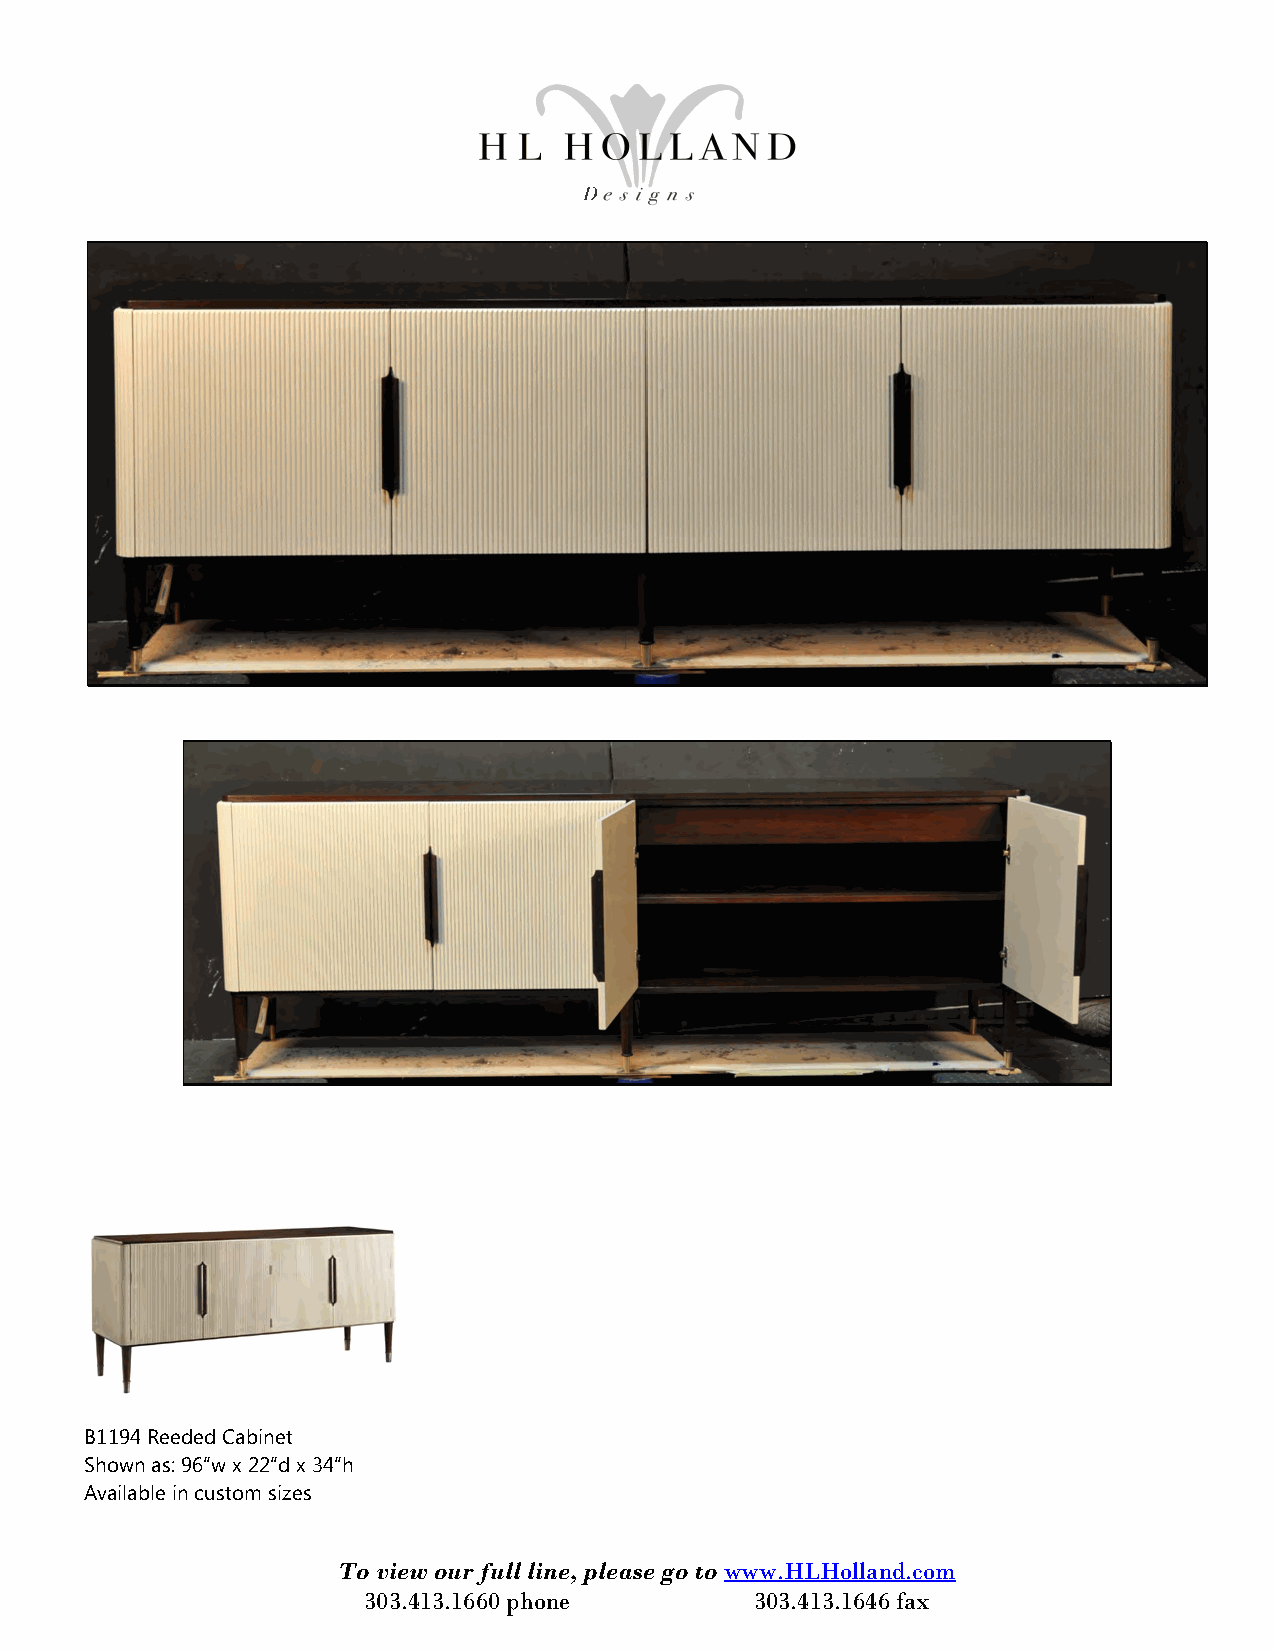
B1194 Reeded Cabinet
 Shown as: 96“w x 22“d x 34“h
 Available in custom sizes
 To view our full line, please go to www.HLHolland.com
 303.413.1660 phone        303.413.1646 fax